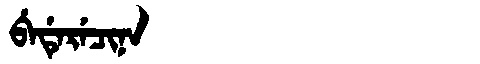
Manchu: ᠪᡝᡩᡝᡵᡝᠴᡳᠨᠠ
Romanization: BEDERECINA